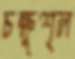
চক্ষুশূল